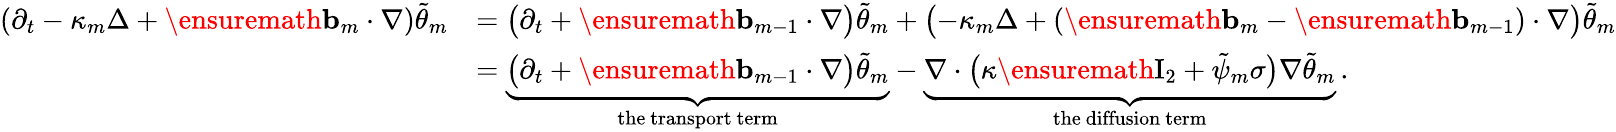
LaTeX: \begin{array}{rl}{(\partial_{t}-\kappa_{m}\Delta+\ensuremath{\mathbf{b}}_{m}\cdot\nabla)\tilde{\theta}_{m}}&{=\bigl(\partial_{t}+\ensuremath{\mathbf{b}}_{m-1}\cdot\nabla\bigr)\tilde{\theta}_{m}+\bigl(-\kappa_{m}\Delta+(\ensuremath{\mathbf{b}}_{m}-\ensuremath{\mathbf{b}}_{m-1})\cdot\nabla\bigr)\tilde{\theta}_{m}}\\ &{=\underbrace{\bigl(\partial_{t}+\ensuremath{\mathbf{b}}_{m-1}\cdot\nabla\bigr)\tilde{\theta}_{m}}_{\mathrm{the~transport~term}}-\underbrace{\nabla\cdot\bigl(\kappa\ensuremath{\mathrm{I}_{2}}+\tilde{\psi}_{m}\sigma\bigr)\nabla\tilde{\theta}_{m}}_{\mathrm{the~diffusion~term}}\, .}\end{array}